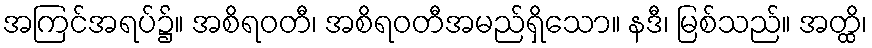
အကြင်အရပ်၌။ အစိရဝတီ၊ အစိရဝတီအမည်ရှိသော။ နဒီ၊ မြစ်သည်။ အတ္ထိ၊